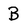
Character: B